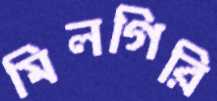
মিলগিরি